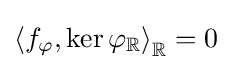
\left\langle f_{\varphi },\ker \varphi _{\mathbb {R} }\right\rangle _{\mathbb {R} }=0